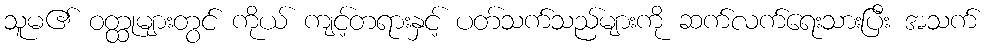
သူမ၏ ဝတ္ထုများတွင် ကိုယ် ကျင့်တရားနှင့် ပတ်သက်သည်များကို ဆက်လက်ရေးသားပြီး အသက်